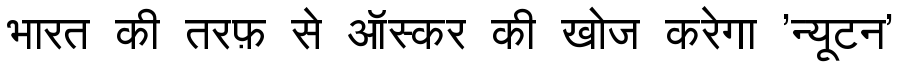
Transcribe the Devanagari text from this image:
भारत की तरफ़ से ऑस्कर की खोज करेगा 'न्यूटन'